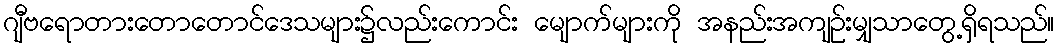
ဂျီဗရောတားတောတောင်ဒေသများ၌လည်းကောင်း မျောက်များကို အနည်းအကျဉ်းမျှသာတွေ့ရှိရသည်။